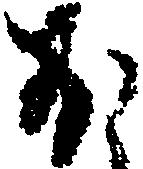
ほ